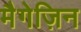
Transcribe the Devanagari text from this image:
मैगेज़िन